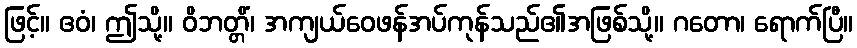
ဖြင့်။ ဧဝံ၊ ဤသို့။ ဝိဘတ္တိံ၊ အကျယ်ဝေဖန်အပ်ကုန်သည်၏အဖြစ်သို့။ ဂတော၊ ရောက်ပြီ။